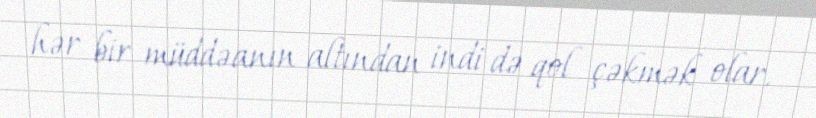
hər bir müddəanın altından indi də qol çəkmək olar.